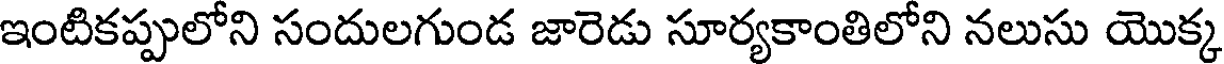
ఇంటికప్పులోని సందులగుండ జారెడు సూర్యకాంతిలోని నలుసు యొక్క